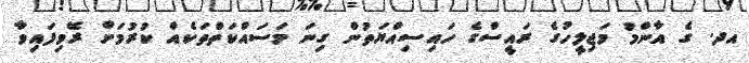
އދ. ގެ އާންމު މަޖިލީހުގެ ރައީސްގެ ހައިސިއްޔަތުން ގިނަ މަސައްކަތްތަކެއް ކުރުމަށް ރޭވިފައިވާ